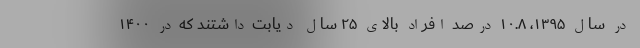
در سال ۱۳۹۵، ۱۰.۸ درصد افراد بالای ۲۵ سال دیابت داشتند که در ۱۴۰۰